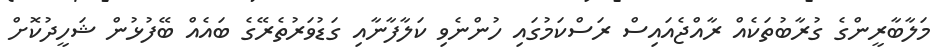
މަލާބާރީންގެ ގުރާބުތަކެއް ރާއްޖެއައިސް ރަސްކަމުގައި ހުންނެވި ކަލާފާނާއި ގަޑުވަރުތެރޭގެ ބައެއް ބޭފުޅުން ޝަހީދުކޮށް